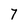
Character: 7